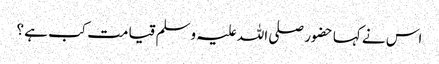
اس نے کہا حضور صلی اللہ علیہ وسلم قیامت کب ہے ؟